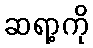
ဆရာ့ကို